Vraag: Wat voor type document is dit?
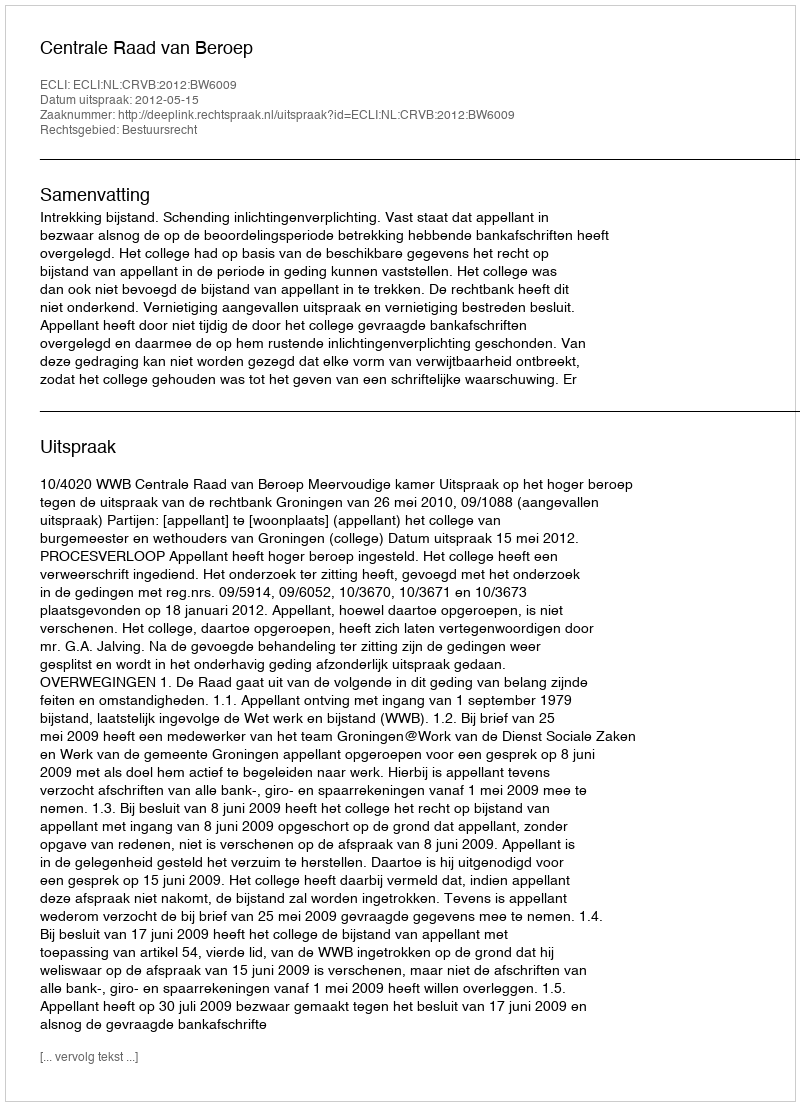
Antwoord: Uitspraak